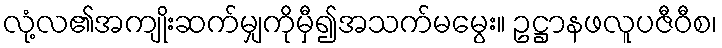
လုံ့လ၏အကျိုးဆက်မျှကိုမှီ၍အသက်မမွေး။ ဥဋ္ဌာနဖလူပဇီဝီစ၊